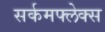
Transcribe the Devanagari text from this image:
सर्कमफ्लेक्स